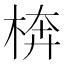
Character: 𱣥